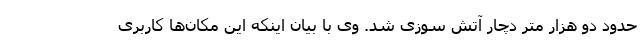
حدود دو هزار متر دچار آتش سوزی شد. وی با بیان اینکه این مکان‌ها کاربری